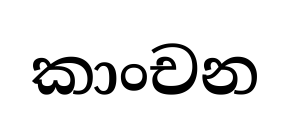
කාංචන